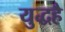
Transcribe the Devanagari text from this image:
युद्धहै